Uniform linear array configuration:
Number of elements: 48
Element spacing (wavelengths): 0.25
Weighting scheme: cosine
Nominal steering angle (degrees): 15
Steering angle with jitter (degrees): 16.613
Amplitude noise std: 0.05
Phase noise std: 0.05

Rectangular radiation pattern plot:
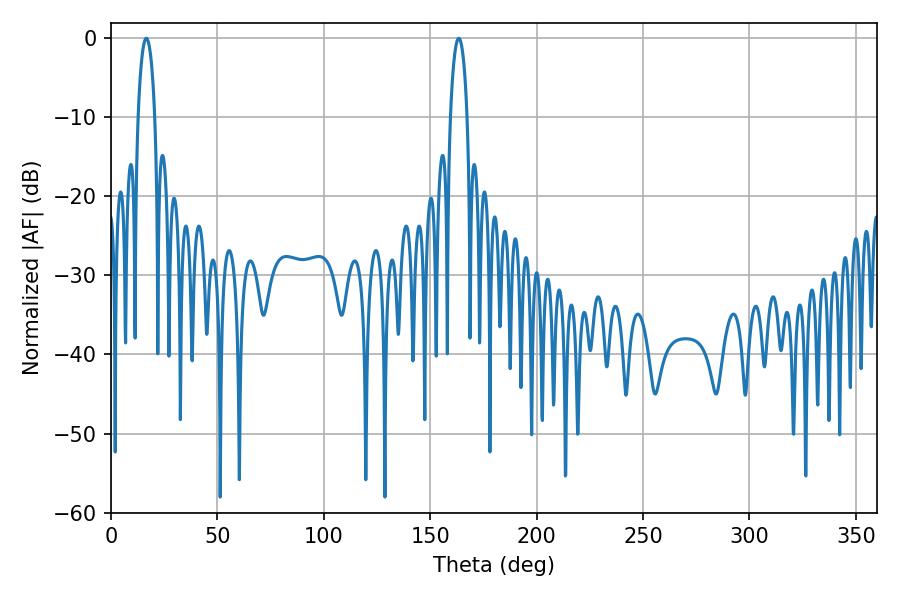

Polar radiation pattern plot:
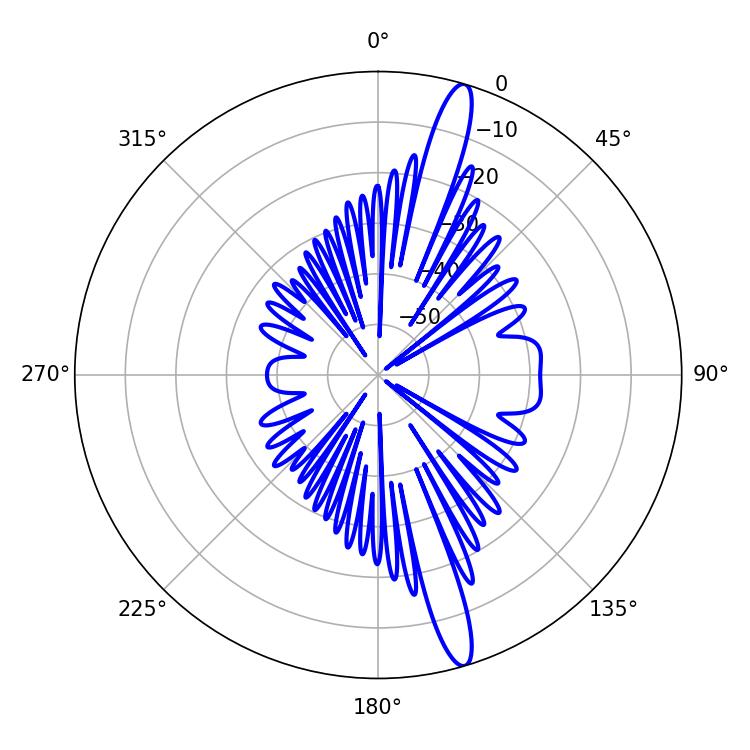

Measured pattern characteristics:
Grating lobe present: FALSE
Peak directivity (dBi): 15.934
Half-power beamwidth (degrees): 4.5
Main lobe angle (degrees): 163.44